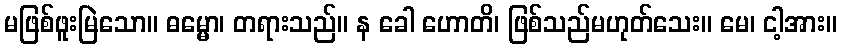
မဖြစ်ဖူးမြဲသော။ ဓမ္မော၊ တရားသည်။ န ခေါ ဟောတိ၊ ဖြစ်သည်မဟုတ်သေး။ မေ၊ ငါ့အား။